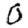
Digit: 0